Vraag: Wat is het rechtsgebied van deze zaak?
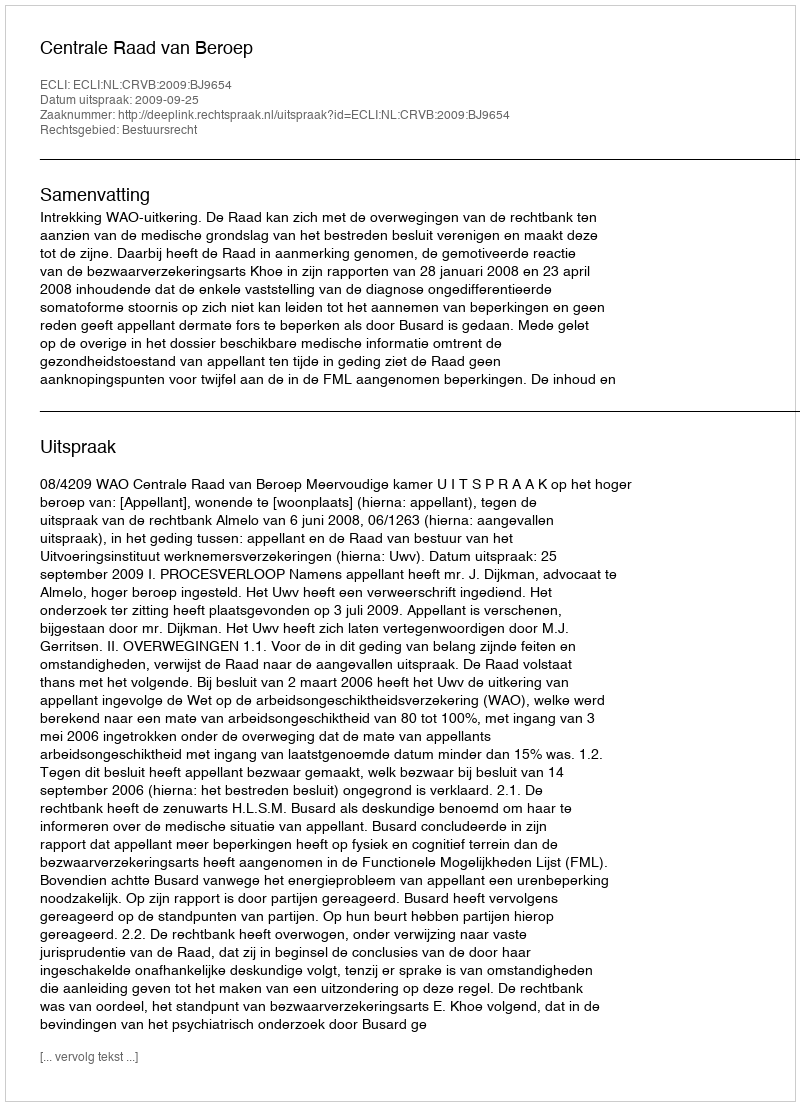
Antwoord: Bestuursrecht